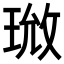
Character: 𪻰